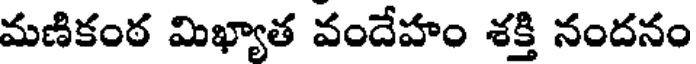
మణికంఠ మిఖ్యాత వందేహం శక్తి నందనం